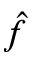
\hat { f }